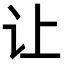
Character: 让